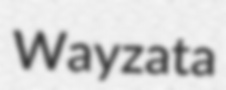
Wayzata